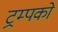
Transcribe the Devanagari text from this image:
ट्रम्पको